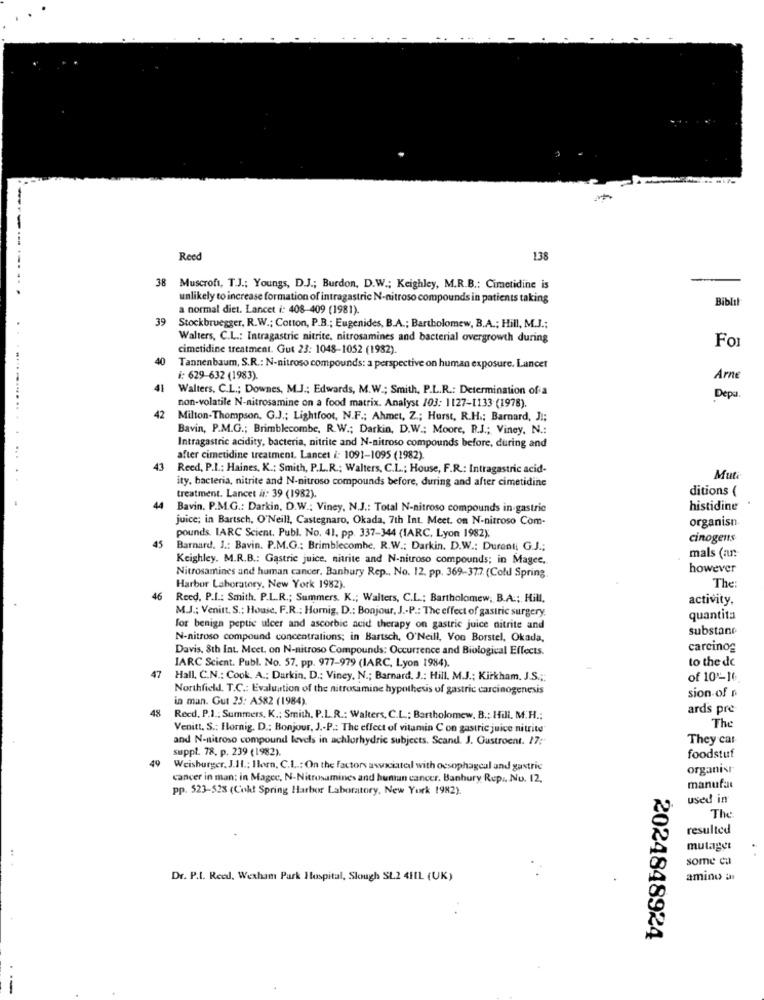
-
Reed
138
..
38 Muscroft, T.J .: Youngs, D.J .; Burdon, D.W .; Keighley, M.R.B .: Cimetidine is
unlikely to increase formation of intragastric N-nitroso compounds in patients taking
Biblil
a normal diet. Lancet i: 408-409 (1981).
39
Stockbruegger, R.W .; Cotton, P.B .; Eugenides, B.A .; Bartholomew, B.A .; Hill, M.J .;
Walters, C.L .: Intragastric nitrite, nitrosamines and bacterial overgrowth during
For
cimetidine treatment. Gut 23: 1048-1052 (1982)
40
-....
Tannenbaum, S.R .: N-nitroso compounds: a perspective on human exposure. Lancet
i: 629-632 (1983).
Arne
41
Walters, C.L .; Downes, M.J .; Edwards, M.W .; Smith, P.L.R .: Determination of a
Depa
42
non-volatile N-nitrosamine on a food matrix. Analyst 103: 1127-1133 (1978).
...
Milton-Thompson, G.J .; Lightfoot, N.F .; Ahmet, Z .; Hurst, R.H .; Barnard, Ji;
Bavin, P.M.G .; Brimblecombe, R.W .; Darkin, D.W .; Moore, R.J .; Viney, N .:
Intragastric acidity, bacteria, nitrite and N-nitroso compounds before, during and
after cimetidine treatment. Lancet i: 1091-1095 (1982)
43
Reed, P.I .: Haines, K .; Smith, P.L.R .; Walters, C.L .; House, F.R .: Intragastric acid-
ity, bacteria, nitrite and N-nitroso compounds before, during and after cimetidine
Muti
ditions (
treatment. Lancet #: 39 (1982).
44
Bavin. P.M.G .: Darkin, D.W .; Viney, N.J .: Total N-nitroso compounds in gastric
histidine
juice; in Bartsch, O'Neill, Castegnaro, Okada, 7th Int. Meet. on N-nitroso Com-
organisn.
45
pounds. IARC Scient. Publ. No. 41, pp. 337-344 (IARC, Lyon 1982).
cinogens
Barnard. J .: Bavin. P.M.G .: Brimblecombe. R.W .: Darkin. D.W .: Durant; G.J .;
mals (an.
Keighley. M.R.B .: Gastric juice, nitrite and N-nitroso compounds; in Magee,
however
Nitrosamines and human cancer. Banbury Rep .. No. 12. pp. 369-37.7. (Cold Spring
Harbor Laboratory, New York 1982).
The:
46
Reed. P.I .: Smith. P.L.R .; Summers. K .; Walters, C.L .; Bartholomew, B.A .; Hill,
activity.
M.J .: Venitt. S .: House, F.R .: Hormig, D .: Bonjour, J .- P .: The effect of gastric surgery.
quantita
for benign peptic ulcer and ascorbic acid therapy on gastric juice nitrite and
substane
N-nitroso compound concentrations; in Bartsch, O'Neill, Von Borstel, Okada,
Davis, 8th Int. Meet. on N-nitroso Compounds: Occurrence and Biological Effects.
carcinog
IARC Scient. Publ. No. 57. pp. 977-979 (IARC, Lyon 1984).
to the de
47
Hall, C.N .: Cook. A .: Darkin. D .: Viney, N .; Barnard. J .: Hill. M.J .; Kirkham. J.S .;:
of 10-16
Northfield. T.C .: Evaluation of the nitrosamine hypothesis of gastric carcinogenesis
sion of n
in man. Gut 25: A582 (1984).
4%
ards pre
Reed. P.I .: Summers, K .: Smith, P.L.R .: Walters, C.L .: Bartholomew, B .: Hill, M.H .:
Venitt. S .: Fornig. D .: Bonjour, J .- P .: The effect of vitamin C on gastric juice nitrite
The
and N-nitroso compound levels in achlorhydric subjects. Scand. J. Gastroent. 17:"
They car
suppl. 78. p. 239 (1982).
49
foodstuf
Weishurger, J.H .: Ilorn, C.L .: On the factors associated with oesophageal and gastric
organisr
cancer in man: in Magec, N-Nitrosamines and human cancer. Banbury Rep ., No. 12.
pp. 523-523 (Cokt Spring Harbor Laboratory, New York 1982)
manufar
used in
The
resulted
mutaget
some ci
Dr. P.I. Reed, Wexham Park Hospital, Slough SL2 4HIL (UK)
amino a
2024848924